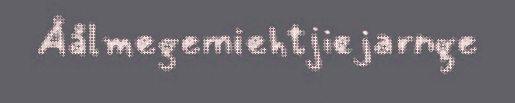
Åålmegemiehtjiejarnge